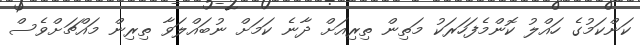
ކަންކަމުގެ ހައްލު ކޮންމެފަހަރަކު މަތިން ތިރިއަށް ދާނެ ކަމަށް ނުބައްލަވާ ތިރިން މައްޗަށްވެސް